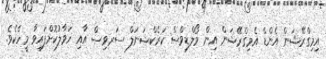
އިމިގްރޭޝަން އެންޑް އެމިގްރޭޝަން އިން މޯލްޑިވްސް ކަރެކްޝަނަލް ސަރވިސް އާއި ހަވާލުކޮށްފައިވާ މީހެކެވެ.